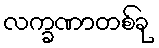
လက္ခဏာတစ်ခု